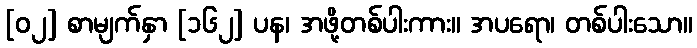
[၀၂] စာမျက်နှာ [၁၆၂] ပန၊ အဖို့တစ်ပါးကား။ အပရော၊ တစ်ပါးသော။